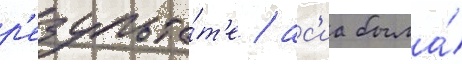
р'езульта́т'е / ас'иа была́